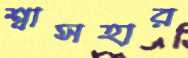
শ্বাসহার